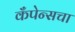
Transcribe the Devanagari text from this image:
कँपेन्सचा